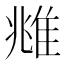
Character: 𨾾